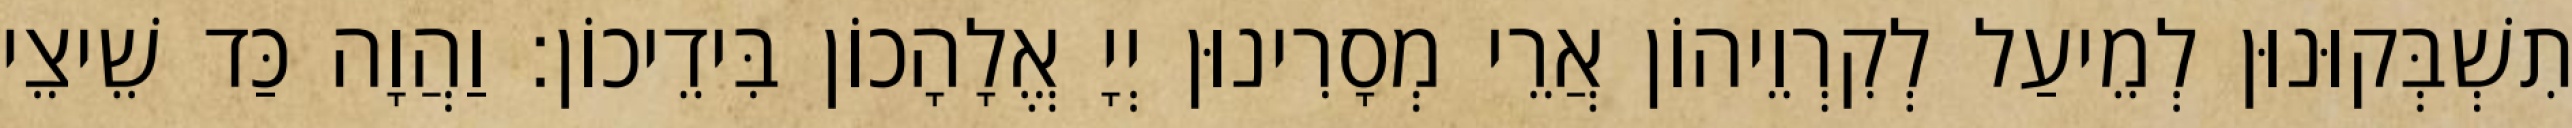
תִשְׁבְּקוּנוּן לְמֵיעַל לְקִרְוֵיהוֹן אֲרֵי מְסָרִינוּן יְיָ אֱלָהָכוֹן בִּידֵיכוֹן׃ וַהֲוָה כַּד שֵׁיצֵי